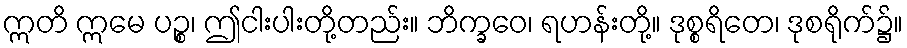
ဣတိ ဣမေ ပဉ္စ၊ ဤငါးပါးတို့တည်း။ ဘိက္ခဝေ၊ ရဟန်းတို့။ ဒုစ္စရိတေ၊ ဒုစရိုက်၌။